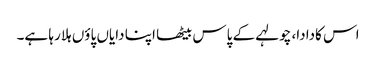
اس کادادا، چولہے کے پاس بیٹھا اپنا دایاں پاؤں ہلا رہا ہے۔